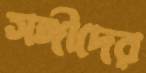
সঙ্গীদের